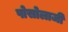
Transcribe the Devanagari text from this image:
पोसोलाजी